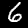
Label: 6